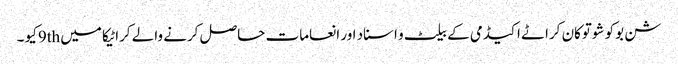
شن بوکو شوتوکان کراٹے اکیڈمی کے بیلٹ و اسناد اور انعامات حاصل کرنے والے کراٹیکا میں 9thکیو ۔